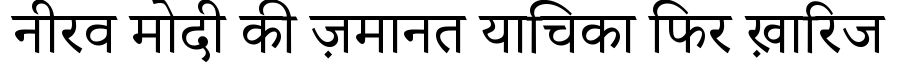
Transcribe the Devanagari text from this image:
नीरव मोदी की ज़मानत याचिका फिर ख़ारिज